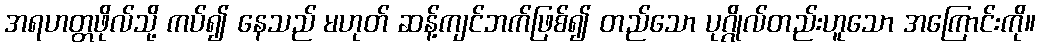
အရဟတ္တဖိုလ်သို့ ကပ်၍ နေသည် မဟုတ် ဆန့်ကျင်ဘက်ဖြစ်၍ တည်သော ပုဂ္ဂိုလ်တည်းဟူသော အကြောင်းကို။